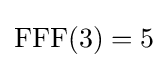
{\text{FFF}}(3)=5